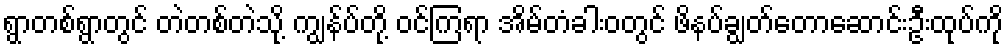
ရွာတစ်ရွာတွင် တဲတစ်တဲသို့ ကျွန်ပ်တို့ ဝင်ကြရာ အိမ်တံခါးဝတွင် ဖိနပ်ချွတ်တောဆောင်းဦးထုပ်ကို